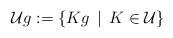
LaTeX: \begin{align*} \mathcal{U}g:= \{Kg\, \mid \, K\in \mathcal{U}\}\end{align*}